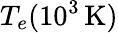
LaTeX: T_{e}(10^{3}\, \textrm{K})